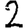
Digit: 2